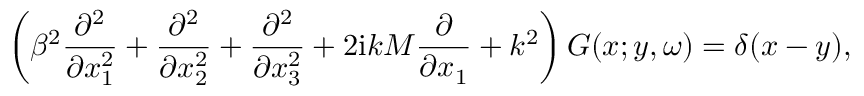
\left( \beta ^ { 2 } \frac { \partial ^ { 2 } } { \partial x _ { 1 } ^ { 2 } } + \frac { \partial ^ { 2 } } { \partial x _ { 2 } ^ { 2 } } + \frac { \partial ^ { 2 } } { \partial x _ { 3 } ^ { 2 } } + 2 \mathrm { i } k M \frac { \partial } { \partial x _ { 1 } } + k ^ { 2 } \right) G ( \boldsymbol { x } ; \boldsymbol { y } , \omega ) = \delta ( \boldsymbol { x } - \boldsymbol { y } ) ,